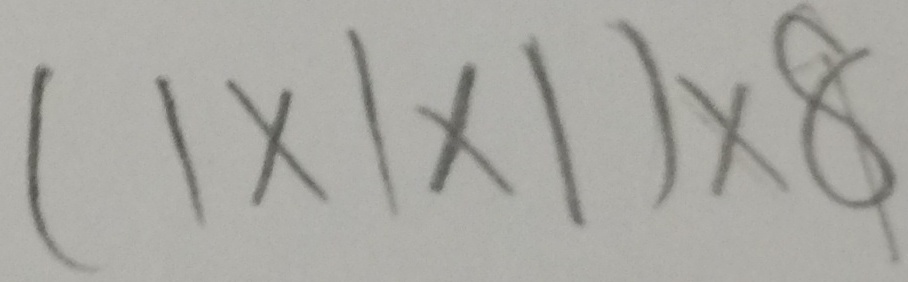
( 1 \times 1 \times 1 ) \times 8